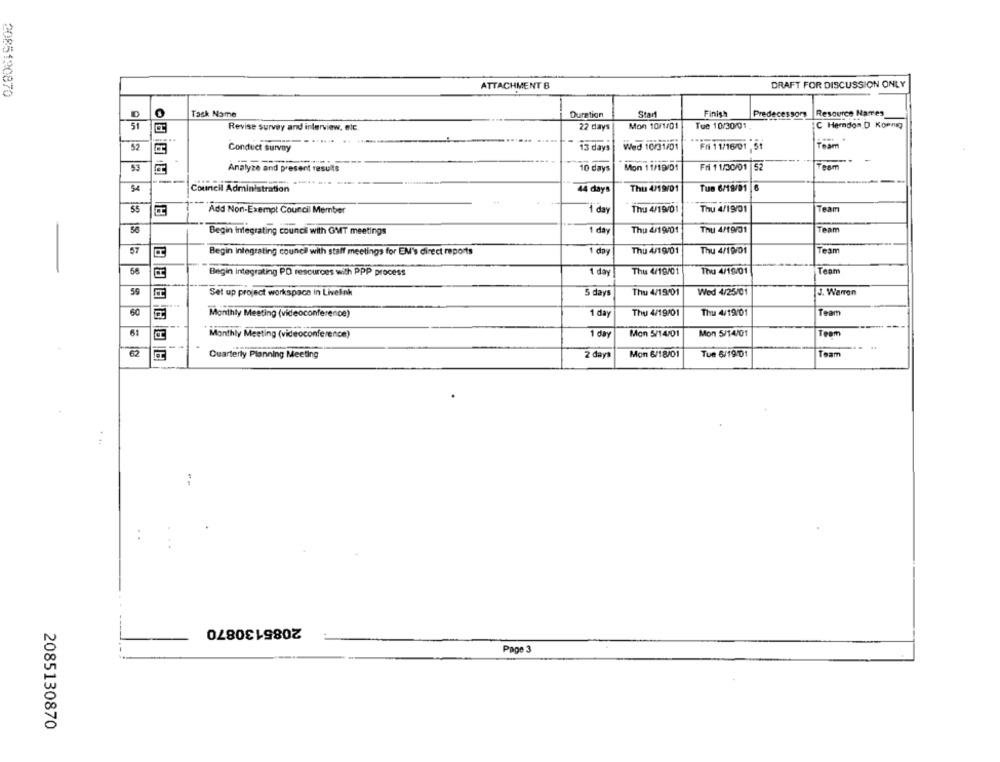
ATTACHMENT B
DRAFT FOR DISCUSSION ONLY
2085190870
Task Name
Duration
Start
Finish
Predecessory
Resource Names
Revise survey and interview, etc.
22 days
Mon 10/1/01
Tue 10/30/01
C Herndon D Koenig
....
Wed 10/31/01
Fri 11/16/01 St
Team
52
Conduct survay
13 days
53
Analyze and present results
10 days
Mon 11/19/01
Fri 11/30/01 52
Team
54
Council Administration
44 days
Thu 4/19/01
Tus 6/19/01 6
Add Non-Exempt Council Member
1 day
Thu 4/19/01
Thu 4/19/01
Team
Thu 4/19/01
Thu 4/19/01
Team
Begin Integrating council with GMT meetings
1 day
57
Begin Integrating council with staff meetings for EM's direct reports
1 day
Thu 4/19/01
Thu 4/19/01
Team
58
Begin Integrating PD resources with PPP process
1 day
Thu 4/19/01
Thu 4/19/01
Team
59
Set up project workspace in Livelink
5 days
Thu 4/19/01
Wed 4/25/01
J. Warren
60
1 day
Thu 4/19/01
Thu 4/19/01
Team
Monthly Meeting (videoconference)
61
Monthly Meeting (videoconference)
1 day
Mon 5/14/01
Mon 5/14/01
Team
62
Quarterly Planning Meeting
2 days
Mon 6/18/01
Tue 6/19/01
Team
2085130870
Page 3
2085130870